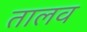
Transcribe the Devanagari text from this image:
तालव